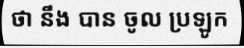
ថា នឹង បាន ចូល ប្រឡូក